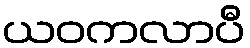
ယဝကလာပီ